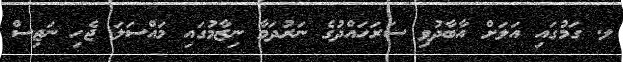
ލ. ގަމުގައި އަލަށް އާބާދުވި ސަރަހައްދުގެ ނަރުދަމާ ނިޒާމުގައި މައްސަލަ ޖެހި ނަޖިސް